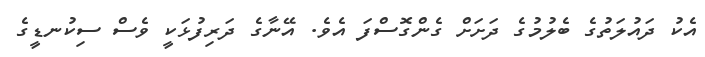
އެކު ދައުލަތުގެ ބެލުމުގެ ދަށަށް ގެންގޮސްފަ އެވެ. އޭނާގެ ދަރިފުޅަކީ ވެސް ސިކުނޑީގެ